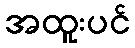
အထူးပင်